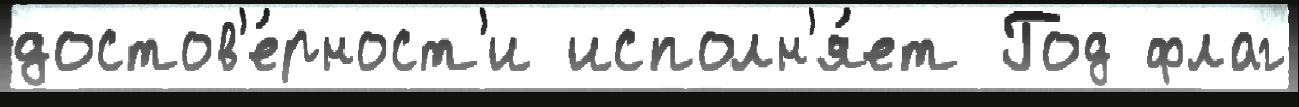
достов'е́рност'и исполн'я́ет Год флаг